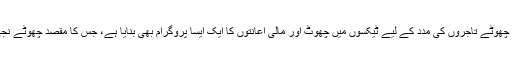
اس کے علاوہ لندن حکومت نے مزید 20 بلین پاؤنڈ مالیت کا چھوٹے تاجروں کی مدد کے لیے ٹیکسوں میں چھوٹ اور مالی اعانتوں کا ایک ایسا پروگرام بھی بنایا ہے، جس کا مقصد چھوٹے نجی یا عوامی کاروباری اداروں کو دیوالیہ ہونے سے بچانا ہے۔